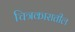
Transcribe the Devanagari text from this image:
चित्रकारातील